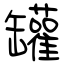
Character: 罐